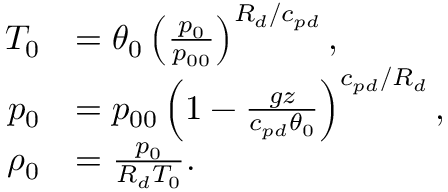
\begin{array} { r l } { T _ { 0 } } & { = \theta _ { 0 } \left( \frac { p _ { 0 } } { p _ { 0 0 } } \right) ^ { R _ { d } / c _ { p d } } , } \\ { p _ { 0 } } & { = p _ { 0 0 } \left( 1 - \frac { g z } { c _ { p d } \theta _ { 0 } } \right) ^ { c _ { p d } / R _ { d } } , } \\ { \rho _ { 0 } } & { = \frac { p _ { 0 } } { R _ { d } T _ { 0 } } . } \end{array}